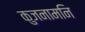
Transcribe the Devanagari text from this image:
कुजनामनि